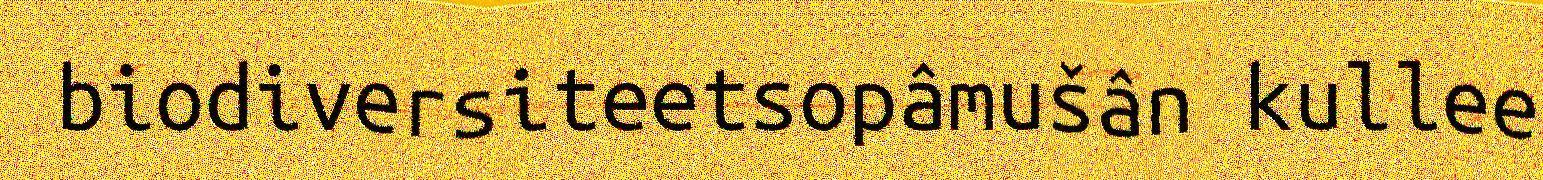
biodiversiteetsopâmušân kullee